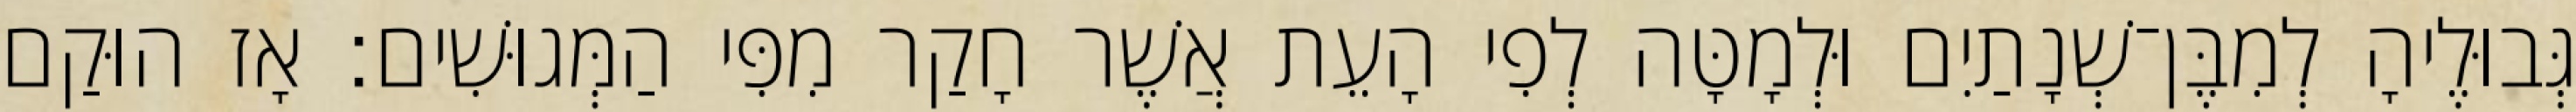
גְּבוּלֶיהָ לְמִבֶּן־שְׁנָתַיִם וּלְמָטָּה לְפִי הָעֵת אֲשֶׁר חָקַר מִפִּי הַמְּגוּשִׁים׃ אָז הוּקַם